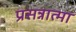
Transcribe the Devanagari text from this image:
प्रसन्नात्मा